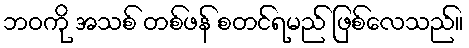
ဘဝကို အသစ် တစ်ဖန် စတင်ရမည် ဖြစ်လေသည်။